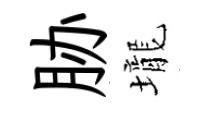
胁壠